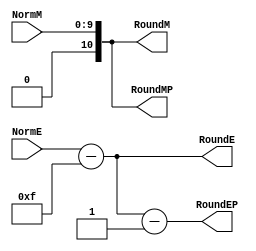
`define DEFINES_DONE
`define EXPONENT 5
`define MANTISSA 10
`define SIGN 1
`define DATAWIDTH (`SIGN+`EXPONENT+`MANTISSA)
`define IEEE_COMPLIANCE 1
`define NUM 8
`define ADDRSIZE 7
`define ADDRSIZE_FOR_TB 10
`define EXPONENT 5
`define MANTISSA 10
`define ACTUAL_MANTISSA 11
`define EXPONENT_LSB 10
`define EXPONENT_MSB 14
`define MANTISSA_LSB 0
`define MANTISSA_MSB 9
`define MANTISSA_MUL_SPLIT_LSB 3
`define MANTISSA_MUL_SPLIT_MSB 9
`define SIGN 1
`define SIGN_LOC 15
`define DWIDTH (`SIGN+`EXPONENT+`MANTISSA)
`define IEEE_COMPLIANCE 1
`define EXPONENT 5
`define MANTISSA 10
`define ACTUAL_MANTISSA 11
`define EXPONENT_LSB 10
`define EXPONENT_MSB 14
`define MANTISSA_LSB 0
`define MANTISSA_MSB 9
`define MANTISSA_MUL_SPLIT_LSB 3
`define MANTISSA_MUL_SPLIT_MSB 9
`define SIGN 1
`define SIGN_LOC 15
`define DWIDTH (`SIGN+`EXPONENT+`MANTISSA)
`define IEEE_COMPLIANCE 1
`define EXPONENT 5
`define MANTISSA 10
`define ACTUAL_MANTISSA 11
`define EXPONENT_LSB 10
`define EXPONENT_MSB 14
`define MANTISSA_LSB 0
`define MANTISSA_MSB 9
`define MANTISSA_MUL_SPLIT_LSB 3
`define MANTISSA_MUL_SPLIT_MSB 9
`define SIGN 1
`define SIGN_LOC 15
`define DWIDTH (`SIGN+`EXPONENT+`MANTISSA)
`define IEEE_COMPLIANCE 1

module FPMult_NormalizeModule(
		NormM,
		NormE,
		RoundE,
		RoundEP,
		RoundM,
		RoundMP
    );

	// Input Ports
	input [`MANTISSA-1:0] NormM ;									// Normalized mantissa
	input [`EXPONENT:0] NormE ;									// Normalized exponent

	// Output Ports
	output [`EXPONENT:0] RoundE ;
	output [`EXPONENT:0] RoundEP ;
	output [`MANTISSA:0] RoundM ;
	output [`MANTISSA:0] RoundMP ; 
	
// EXPONENT = 5 
// EXPONENT -1 = 4
// NEED to subtract 2^4 -1 = 15

wire [`EXPONENT-1 : 0] bias;

assign bias =  ((1<< (`EXPONENT -1)) -1);

	assign RoundE = NormE - bias ;
	assign RoundEP = NormE - bias -1 ;
	assign RoundM = NormM ;
	assign RoundMP = NormM ;

endmodule